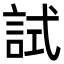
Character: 試